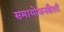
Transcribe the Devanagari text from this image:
समायोजनशैली